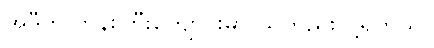
အဲဒီက ဘုန်းကြီးကျောင်းမှာ သူတည်းလို့ရတယ်။